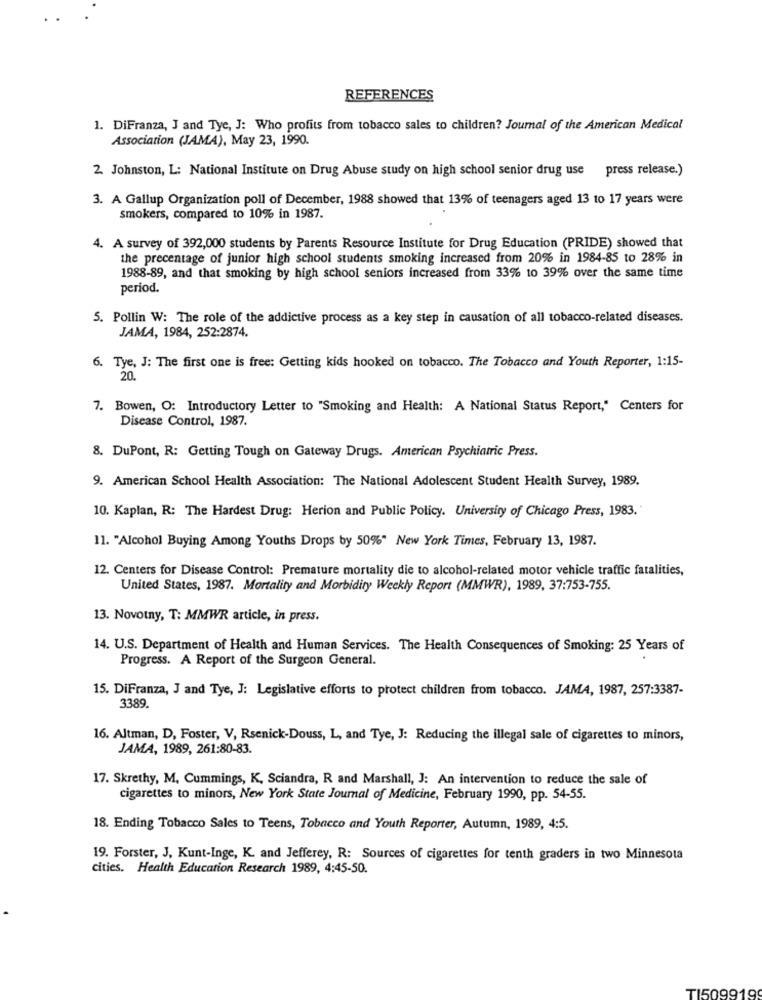
REFERENCES
1. DiFranza, J and Tye, J: Who profits from tobacco sales to children? Journal of the American Medical
Association (JAMA), May 23, 1990.
2. Johnston, L: National Institute on Drug Abuse study on high school senior drug use
press release.)
3. A Gallup Organization poll of December, 1988 showed that 13% of teenagers aged 13 to 17 years were
smokers, compared to 10% in 1987.
4. A survey of 392,000 students by Parents Resource Institute for Drug Education (PRIDE) showed that
the precentage of junior high school students smoking increased from 20% in 1984-85 to 28% in
1988-89, and that smoking by high school seniors increased from 33% to 39% over the same time
period.
5. Pollin W: The role of the addictive process as a key step in causation of all tobacco-related diseases.
JAMA, 1984, 252:2874.
6. Tye, J: The first one is free: Getting kids hooked on tobacco. The Tobacco and Youth Reporter, 1:15-
20.
7. Bowen, O: Introductory Letter to "Smoking and Health: A National Status Report," Centers for
Disease Control, 1987.
8. DuPont, R: Getting Tough on Gateway Drugs. American Psychiatric Press.
9. American School Health Association: The National Adolescent Student Health Survey, 1989.
10. Kaplan, R: The Hardest Drug: Herion and Public Policy. University of Chicago Press, 1983."
11. "Alcohol Buying Among Youths Drops by 50%" New York Times, February 13, 1987.
12. Centers for Disease Control: Premature mortality die to alcohol-related motor vehicle traffic fatalities,
United States, 1987. Mortality and Morbidity Weekly Report (MMWR), 1989, 37:753-755.
13. Novotny, T: MMWR article, in press.
14. U.S. Department of Health and Human Services. The Health Consequences of Smoking: 25 Years of
Progress. A Report of the Surgeon General.
15. DiFranza, J and Tye, J: Legislative efforts to protect children from tobacco. JAMA, 1987, 257:3387-
3389.
16. Altman, D, Foster, V, Rsenick-Douss, L, and Tye, J: Reducing the illegal sale of cigarettes to minors,
JAMA, 1989, 261:80-83.
17. Skrethy, M. Cummings, K, Sciandra, R and Marshall, J: An intervention to reduce the sale of
cigarettes to minors, New York State Journal of Medicine, February 1990, pp. 54-55.
18. Ending Tobacco Sales to Teens, Tobacco and Youth Reporter, Autumn, 1989, 4:5.
19. Forster, J, Kunt-Inge, K. and Jefferey, R: Sources of cigarettes for tenth graders in two Minnesota
cities. Health Education Research 1989, 4:45-50.
TI509919